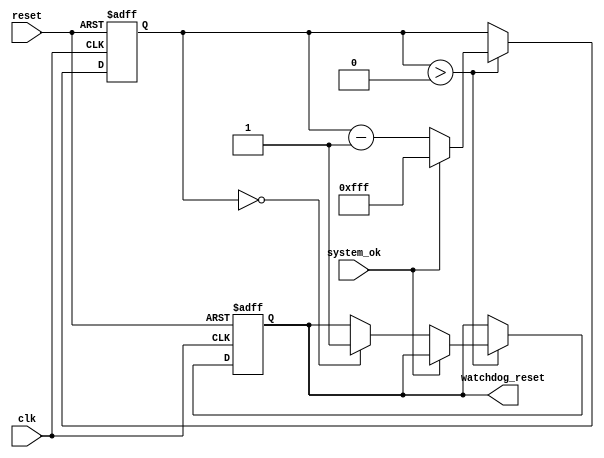
module watchdog_timer (
    input wire clk,
    input wire reset,
    input wire system_ok,
    output reg watchdog_reset
);

reg [11:0] count = 12'b111111111111;

always @(posedge clk or posedge reset) begin
    if (reset) begin
        count <= 12'b111111111111;
        watchdog_reset <= 0;
    end else begin
        if (count > 0) begin
            count <= count - 1;
            if (system_ok) begin
                count <= 12'b111111111111;
            end else if (count == 0) begin
                watchdog_reset <= 1;
            end
        end
    end
end

endmodule